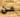
من